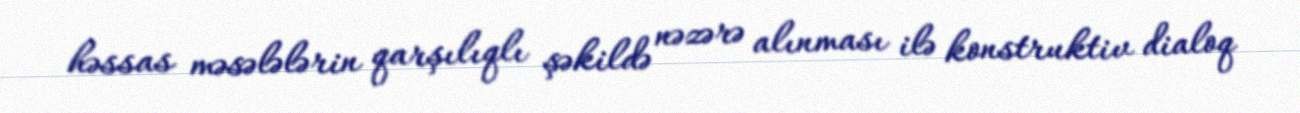
həssas məsələlərin qarşılıqlı şəkildə nəzərə alınması ilə konstruktiv dialoq